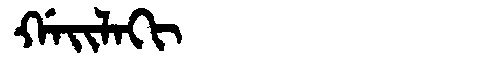
Manchu: ᡤᠠᡳᠯᠠᡴᡳ
Romanization: GAILAKI